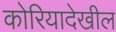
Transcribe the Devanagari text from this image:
कोरियादेखील